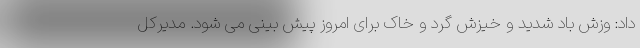
داد: وزش باد شدید و خیزش گرد و خاک برای امروز پیش بینی می شود. مدیرکل